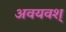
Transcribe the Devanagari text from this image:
अवयवश्